Annual report on the Civil Veterinary Department, Burma (including the Insein Veterinary School) - 1923-1931
Year: 1923
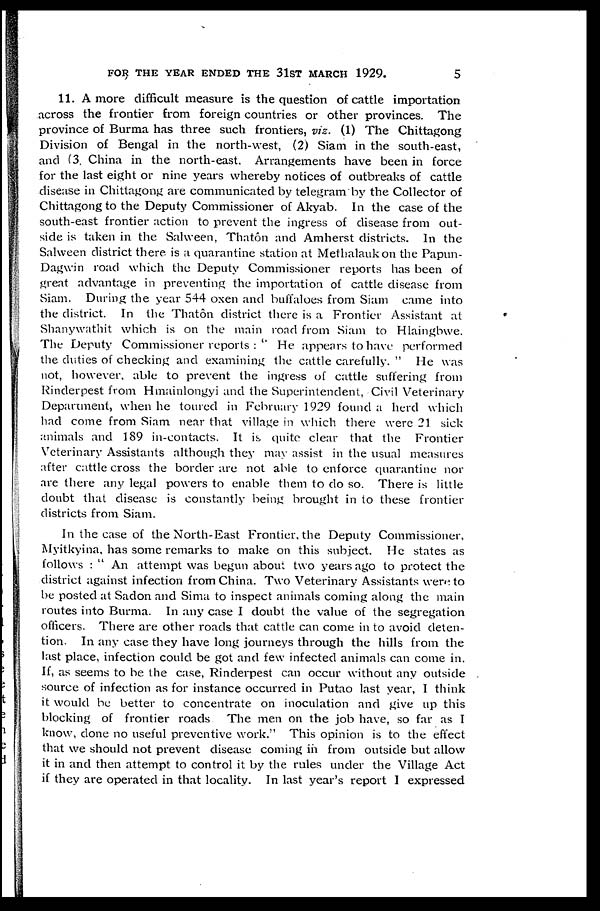
FOR THE YEAR ENDED THE 3lST MARCH 1929.
5
11. A more difficult measure is the question of cattle importation
across the frontier from foreign countries or other provinces. The
province of Burma has three such frontiers, viz. (1) The Chittagong
Division of Bengal in the north-west, (2) Siam in the south-east,
and (3. China in the north-east. Arrangements have been in force
for the last eight or nine years whereby notices of outbreaks of cattle
disease in Chittagong are communicated by telegram by the Collector of
Chittagong to the Deputy Commissioner of Akyab. In the case of the
south-east frontier action to prevent the ingress of disease from out-
side is taken in the Salween, Thatôn and Amherst districts. In the
Salween district there is a quarantine station at Methalauk on the Papun-
Dagwin road which the Deputy Commissioner reports has been of
great advantage in preventing the importation of cattle disease from
Siam. During the year 544 oxen and buffaloes from Siam came into
the district. In the Thatôn district there is a Frontier Assistant at
Shanywathit which is on the main road from Siam to Hlaingbwe.
The Deputy Commissioner reports : " He appears to have performed
the duties of checking and examining the cattle carefully. " He was
not, however, able to prevent the ingress of cattle suffering from
Rinderpest from Hmainlongyi and the Superintendent, Civil Veterinary
Department, when he toured in February 1929 found a herd which
had come from Siam near that village in which there were 21 sick
animals and 189 in-contacts. It is quite clear that the Frontier
Veterinary Assistants although they may assist in the usual measures
after cattle cross the border are not able to enforce quarantine nor
are there any legal powers to enable them to do so. There is little
doubt that disease is constantly being brought in to these frontier
districts from Siam.
In the case of the North-East Frontier, the Deputy Commissioner,
Myitkyina, has some remarks to make on this subject. He states as
follows : " An attempt was begun about two years ago to protect the
district against infection from China. Two Veterinary Assistants were to
be posted at Sadon and Sima to inspect animals coming along the main
routes into Burma. In any case I doubt the value of the segregation
officers. There are other roads that cattle can come in to avoid deten-
tion. In any case they have long journeys through the hills from the
last place, infection could be got and few infected animals can come in.
If, as seems to be the case, Rinderpest can occur without any outside
source of infection as for instance occurred in Putao last year, I think
it would be better to concentrate on inoculation and give up this
blocking of frontier roads. The men on the job have, so far as I
know, done no useful preventive work." This opinion is to the effect
that we should not prevent disease coming in from outside but allow
it in and then attempt to control it by the rules under the Village Act
if they are operated in that locality. In last year's report I expressed